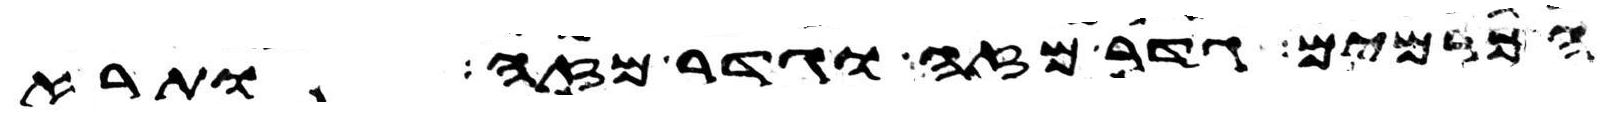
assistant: הכרמים גדר מזה וגדר מזה ותרא